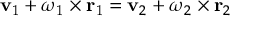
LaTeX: \mathbf { v } _ { 1 } + { \boldsymbol { \omega } } _ { 1 } \times \mathbf { r } _ { 1 } = \mathbf { v } _ { 2 } + { \boldsymbol { \omega } } _ { 2 } \times \mathbf { r } _ { 2 }